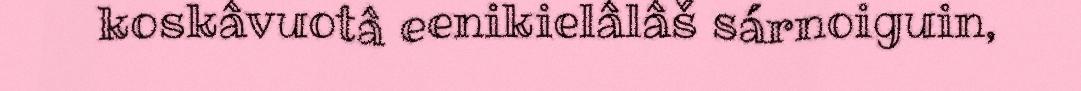
koskâvuotâ eenikielâlâš sárnoiguin,